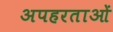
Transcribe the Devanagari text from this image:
अपहरताओं